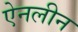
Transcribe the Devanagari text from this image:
ऐनलीन